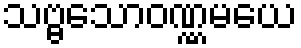
သဗ္ဗသောဝဏ္ဏမယေ